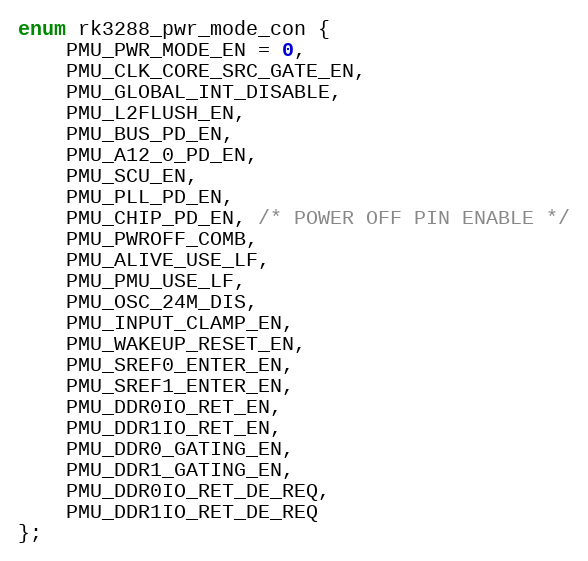
Language: C
enum rk3288_pwr_mode_con {
	PMU_PWR_MODE_EN = 0,
	PMU_CLK_CORE_SRC_GATE_EN,
	PMU_GLOBAL_INT_DISABLE,
	PMU_L2FLUSH_EN,
	PMU_BUS_PD_EN,
	PMU_A12_0_PD_EN,
	PMU_SCU_EN,
	PMU_PLL_PD_EN,
	PMU_CHIP_PD_EN, /* POWER OFF PIN ENABLE */
	PMU_PWROFF_COMB,
	PMU_ALIVE_USE_LF,
	PMU_PMU_USE_LF,
	PMU_OSC_24M_DIS,
	PMU_INPUT_CLAMP_EN,
	PMU_WAKEUP_RESET_EN,
	PMU_SREF0_ENTER_EN,
	PMU_SREF1_ENTER_EN,
	PMU_DDR0IO_RET_EN,
	PMU_DDR1IO_RET_EN,
	PMU_DDR0_GATING_EN,
	PMU_DDR1_GATING_EN,
	PMU_DDR0IO_RET_DE_REQ,
	PMU_DDR1IO_RET_DE_REQ
};